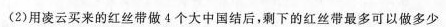
(2)用凌云买来的红丝带做4个大中国结后，剩下的红丝带最多可以做多少